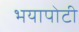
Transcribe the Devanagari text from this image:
भयापोटी